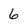
Character: 6